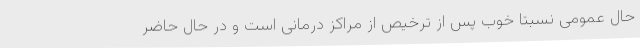
حال عمومی نسبتا خوب پس از ترخیص از مراکز درمانی است و در حال حاضر